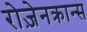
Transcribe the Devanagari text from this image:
रोज़ेनक्रान्स